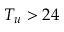
T _ { u } > 2 4